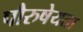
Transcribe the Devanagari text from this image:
पौरुषेयता